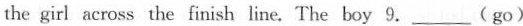
the girl across the finish line. The boy 9.___(go)